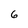
Character: 6